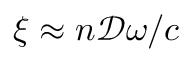
\xi \approx n \mathcal { D } \omega / c